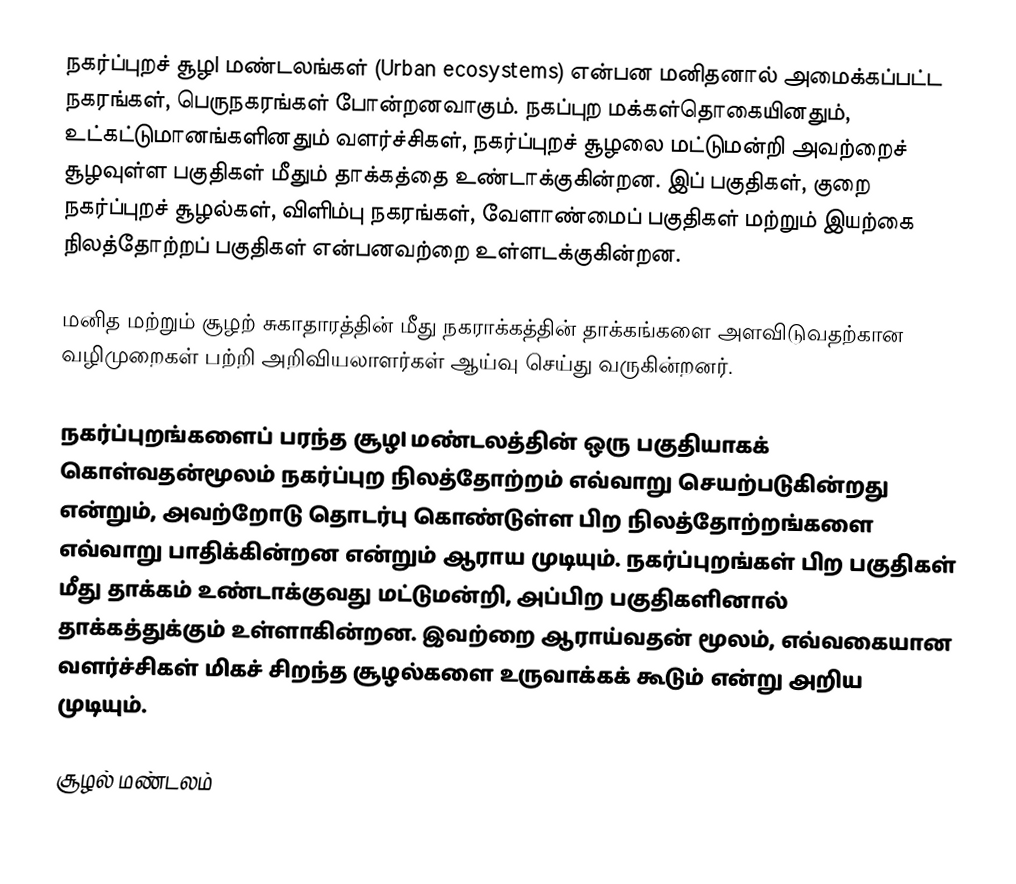
நகர்ப்புறச் சூழl மண்டலங்கள் (Urban ecosystems) என்பன மனிதனால் அமைக்கப்பட்ட நகரங்கள், பெருநகரங்கள் போன்றனவாகும். நகப்புற மக்கள்தொகையினதும், உட்கட்டுமானங்களினதும் வளர்ச்சிகள், நகர்ப்புறச் சூழலை மட்டுமன்றி அவற்றைச் சூழவுள்ள பகுதிகள் மீதும் தாக்கத்தை உண்டாக்குகின்றன. இப் பகுதிகள், குறை நகர்ப்புறச் சூழல்கள், விளிம்பு நகரங்கள், வேளாண்மைப் பகுதிகள் மற்றும் இயற்கை நிலத்தோற்றப் பகுதிகள் என்பனவற்றை உள்ளடக்குகின்றன.

மனித மற்றும் சூழற் சுகாதாரத்தின் மீது நகராக்கத்தின் தாக்கங்களை அளவிடுவதற்கான வழிமுறைகள் பற்றி அறிவியலாளர்கள் ஆய்வு செய்து வருகின்றனர்.

நகர்ப்புறங்களைப் பரந்த சூழl மண்டலத்தின் ஒரு பகுதியாகக் கொள்வதன்மூலம் நகர்ப்புற நிலத்தோற்றம் எவ்வாறு செயற்படுகின்றது என்றும், அவற்றோடு தொடர்பு கொண்டுள்ள பிற நிலத்தோற்றங்களை எவ்வாறு பாதிக்கின்றன என்றும் ஆராய முடியும். நகர்ப்புறங்கள் பிற பகுதிகள் மீது தாக்கம் உண்டாக்குவது மட்டுமன்றி, அப்பிற பகுதிகளினால் தாக்கத்துக்கும் உள்ளாகின்றன. இவற்றை ஆராய்வதன் மூலம், எவ்வகையான வளர்ச்சிகள் மிகச் சிறந்த சூழல்களை உருவாக்கக் கூடும் என்று அறிய முடியும்.

சூழல் மண்டலம்